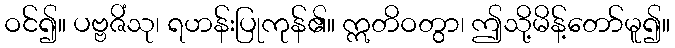
ဝင်၍။ ပဗ္ဗဇိံသု၊ ရဟန်းပြုကုန်၏။ ဣတိဝတွာ၊ ဤသို့မိန့်တော်မူ၍။